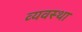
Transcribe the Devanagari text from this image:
व्‍यवस्था